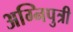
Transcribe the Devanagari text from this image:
अग्निपुत्री